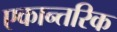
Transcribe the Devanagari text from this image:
एकान्तरिक